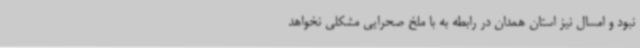
نبود و امسال نیز استان همدان در رابطه به با ملخ صحرایی مشکلی نخواهد